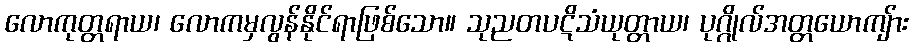
လောကုတ္တရာယ၊ လောကမှလွန်နိုင်ရာဖြစ်သော။ သုညတပဋိသံယုတ္တာယ၊ ပုဂ္ဂိုလ်အတ္တယောကျ်ား